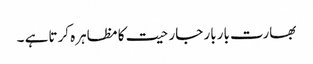
بھارت باربار جارحیت کا مظاہرہ کرتاہے ۔